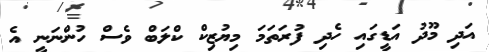
އަދި މޫދު އަޑީގައި ހެދި ފުރަތަމަ މިޔުޒިކް ކްލަބް ވެސް ހުންނަނީ އެ